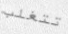
تتغلب